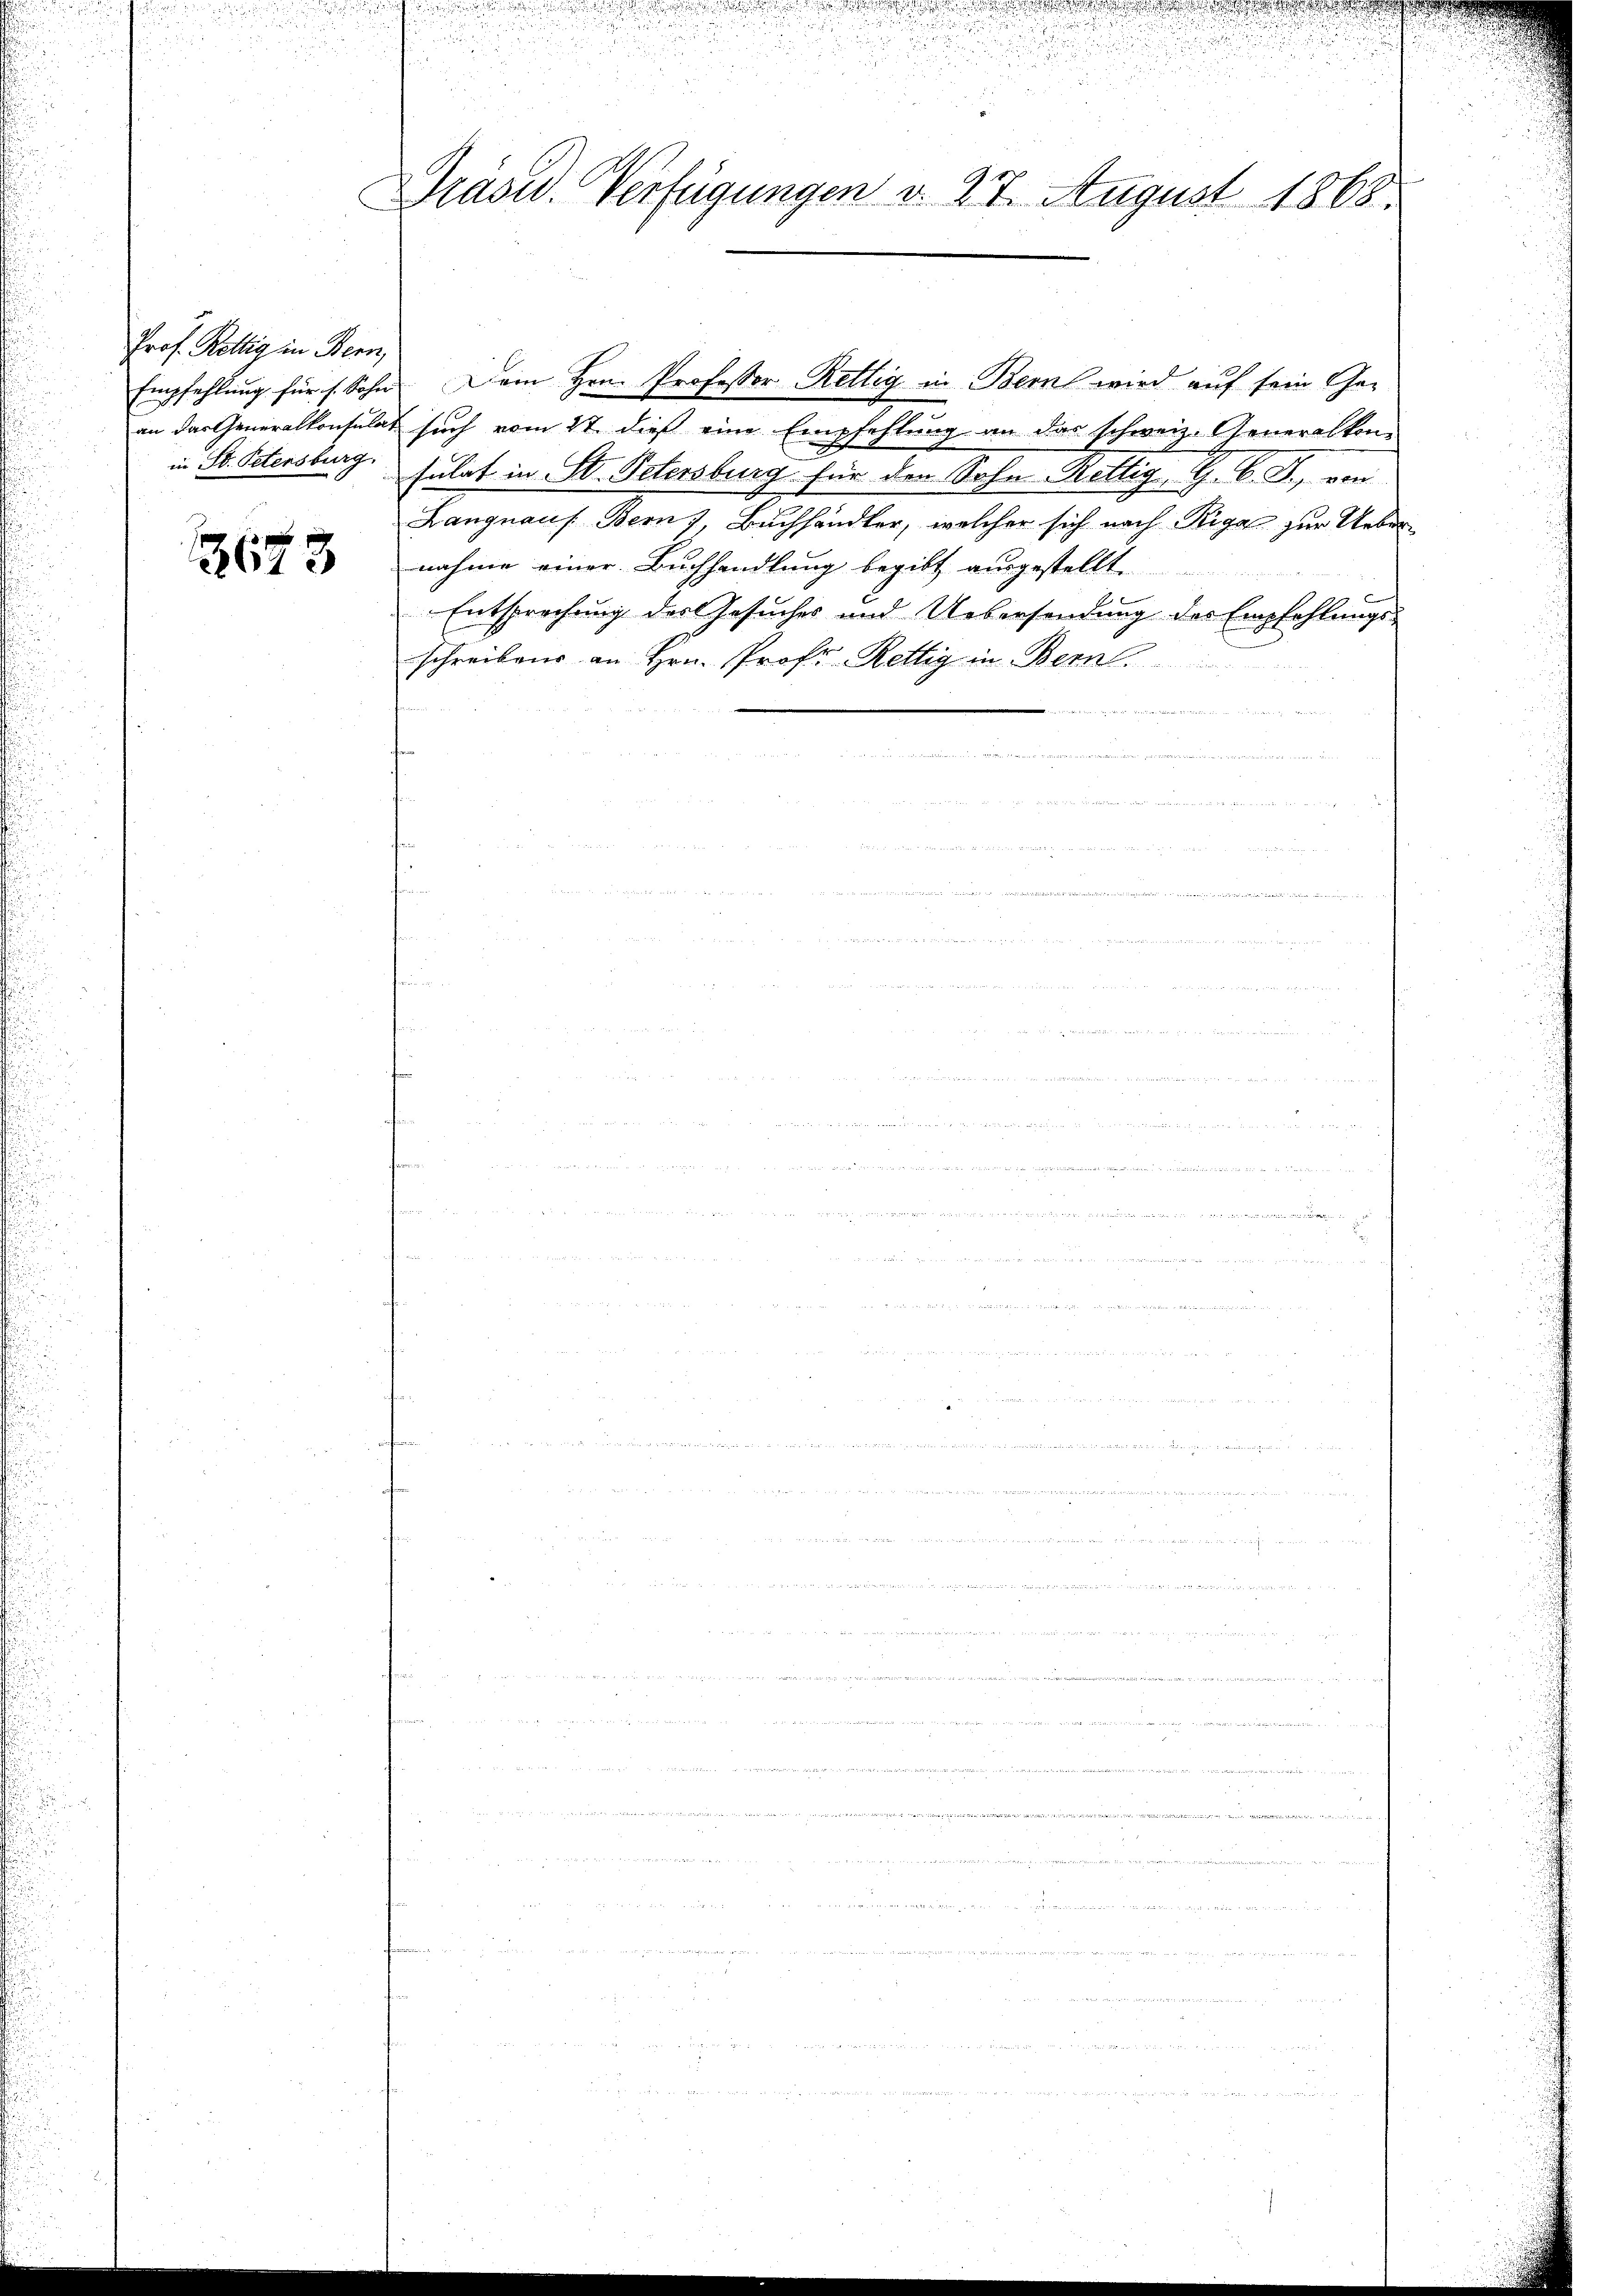
Prof. Köllig in Bern,
an das Generalkonsula
in Bd. Petersburg.

1673

it such vom 17. dieß eine Empfehlung an das schweiz. Generalkon-
sulat in St. Petersburg für den Sohn Rellig, G. B. J., von
Langnaus Bern), Buchhändler, welcher sich nach Riga zur Ueber
nahme einer Buchhandlung begibt ausgestellt
Entsprechung des Gesuches und Uebersendung der Empfehlungsschreibens an Hrn. Prof. Rettig in Bern.
 24. Manne verlegen der eine bei den der wenn in

Präsid. Verfügungen d. 27. August 1868.

Empfehlung für s. Sohn. Dem Hrn. Professor Rettig in Bern wird auf sein Ge¬